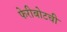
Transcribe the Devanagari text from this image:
फेरीबोटची